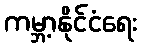
ကမ္ဘာ့နိုင်ငံရေး